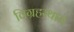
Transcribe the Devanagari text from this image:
विग्रहस्थान